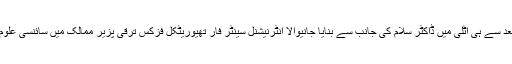
ان کا کہنا تھا کہ 1964 میں اپنے قیام کے بعد سے ہی اٹلی میں ڈاکٹر سلام کی جانب سے بنایا جانیوالا انٹرنیشنل سینٹر فار تھیوریٹکل فزکس ترقی پزیر ممالک میں سائنسی علوم کی ترویج کے لئے اہم کردار ادا کر رہا ہے۔